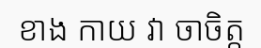
ខាង កាយ វា ចាចិត្ត